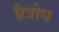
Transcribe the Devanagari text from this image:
प्रैत्रोध